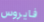
فايروس